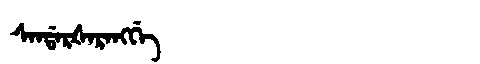
Manchu: ᠰᠠᠨᡩᠠᡵᡧᠠᡵᠠᠩᡤᡝ
Romanization: SANDARŠARANGGE